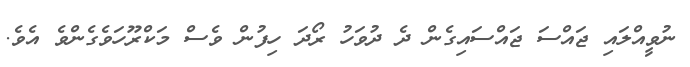
ނުވީއްލަައި ޖައްސަ ޖައްސައިގެން ދެ ދުވަހު ރޯދަ ހިފުން ވެސް މަކްރޫހަވެގެންވެ އެވެ.